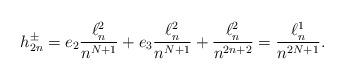
LaTeX: \begin{align*}h_{2n}^\pm= e_2\frac{\ell^2_n}{n^{N+1}}+ e_3 \frac{\ell^2_n}{n^{N+1}} + \frac{\ell^2_n}{n^{2n+2}}= \frac{\ell^1_n}{n^{2N+1}}.\end{align*}